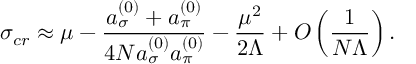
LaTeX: \sigma _ { c r } \approx \mu - \frac { a _ { \sigma } ^ { ( 0 ) } + a _ { \pi } ^ { ( 0 ) } } { 4 N a _ { \sigma } ^ { ( 0 ) } a _ { \pi } ^ { ( 0 ) } } - \frac { \mu ^ { 2 } } { 2 \Lambda } + O \left( \frac { 1 } { N \Lambda } \right) .